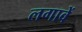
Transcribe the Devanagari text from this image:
लगावें